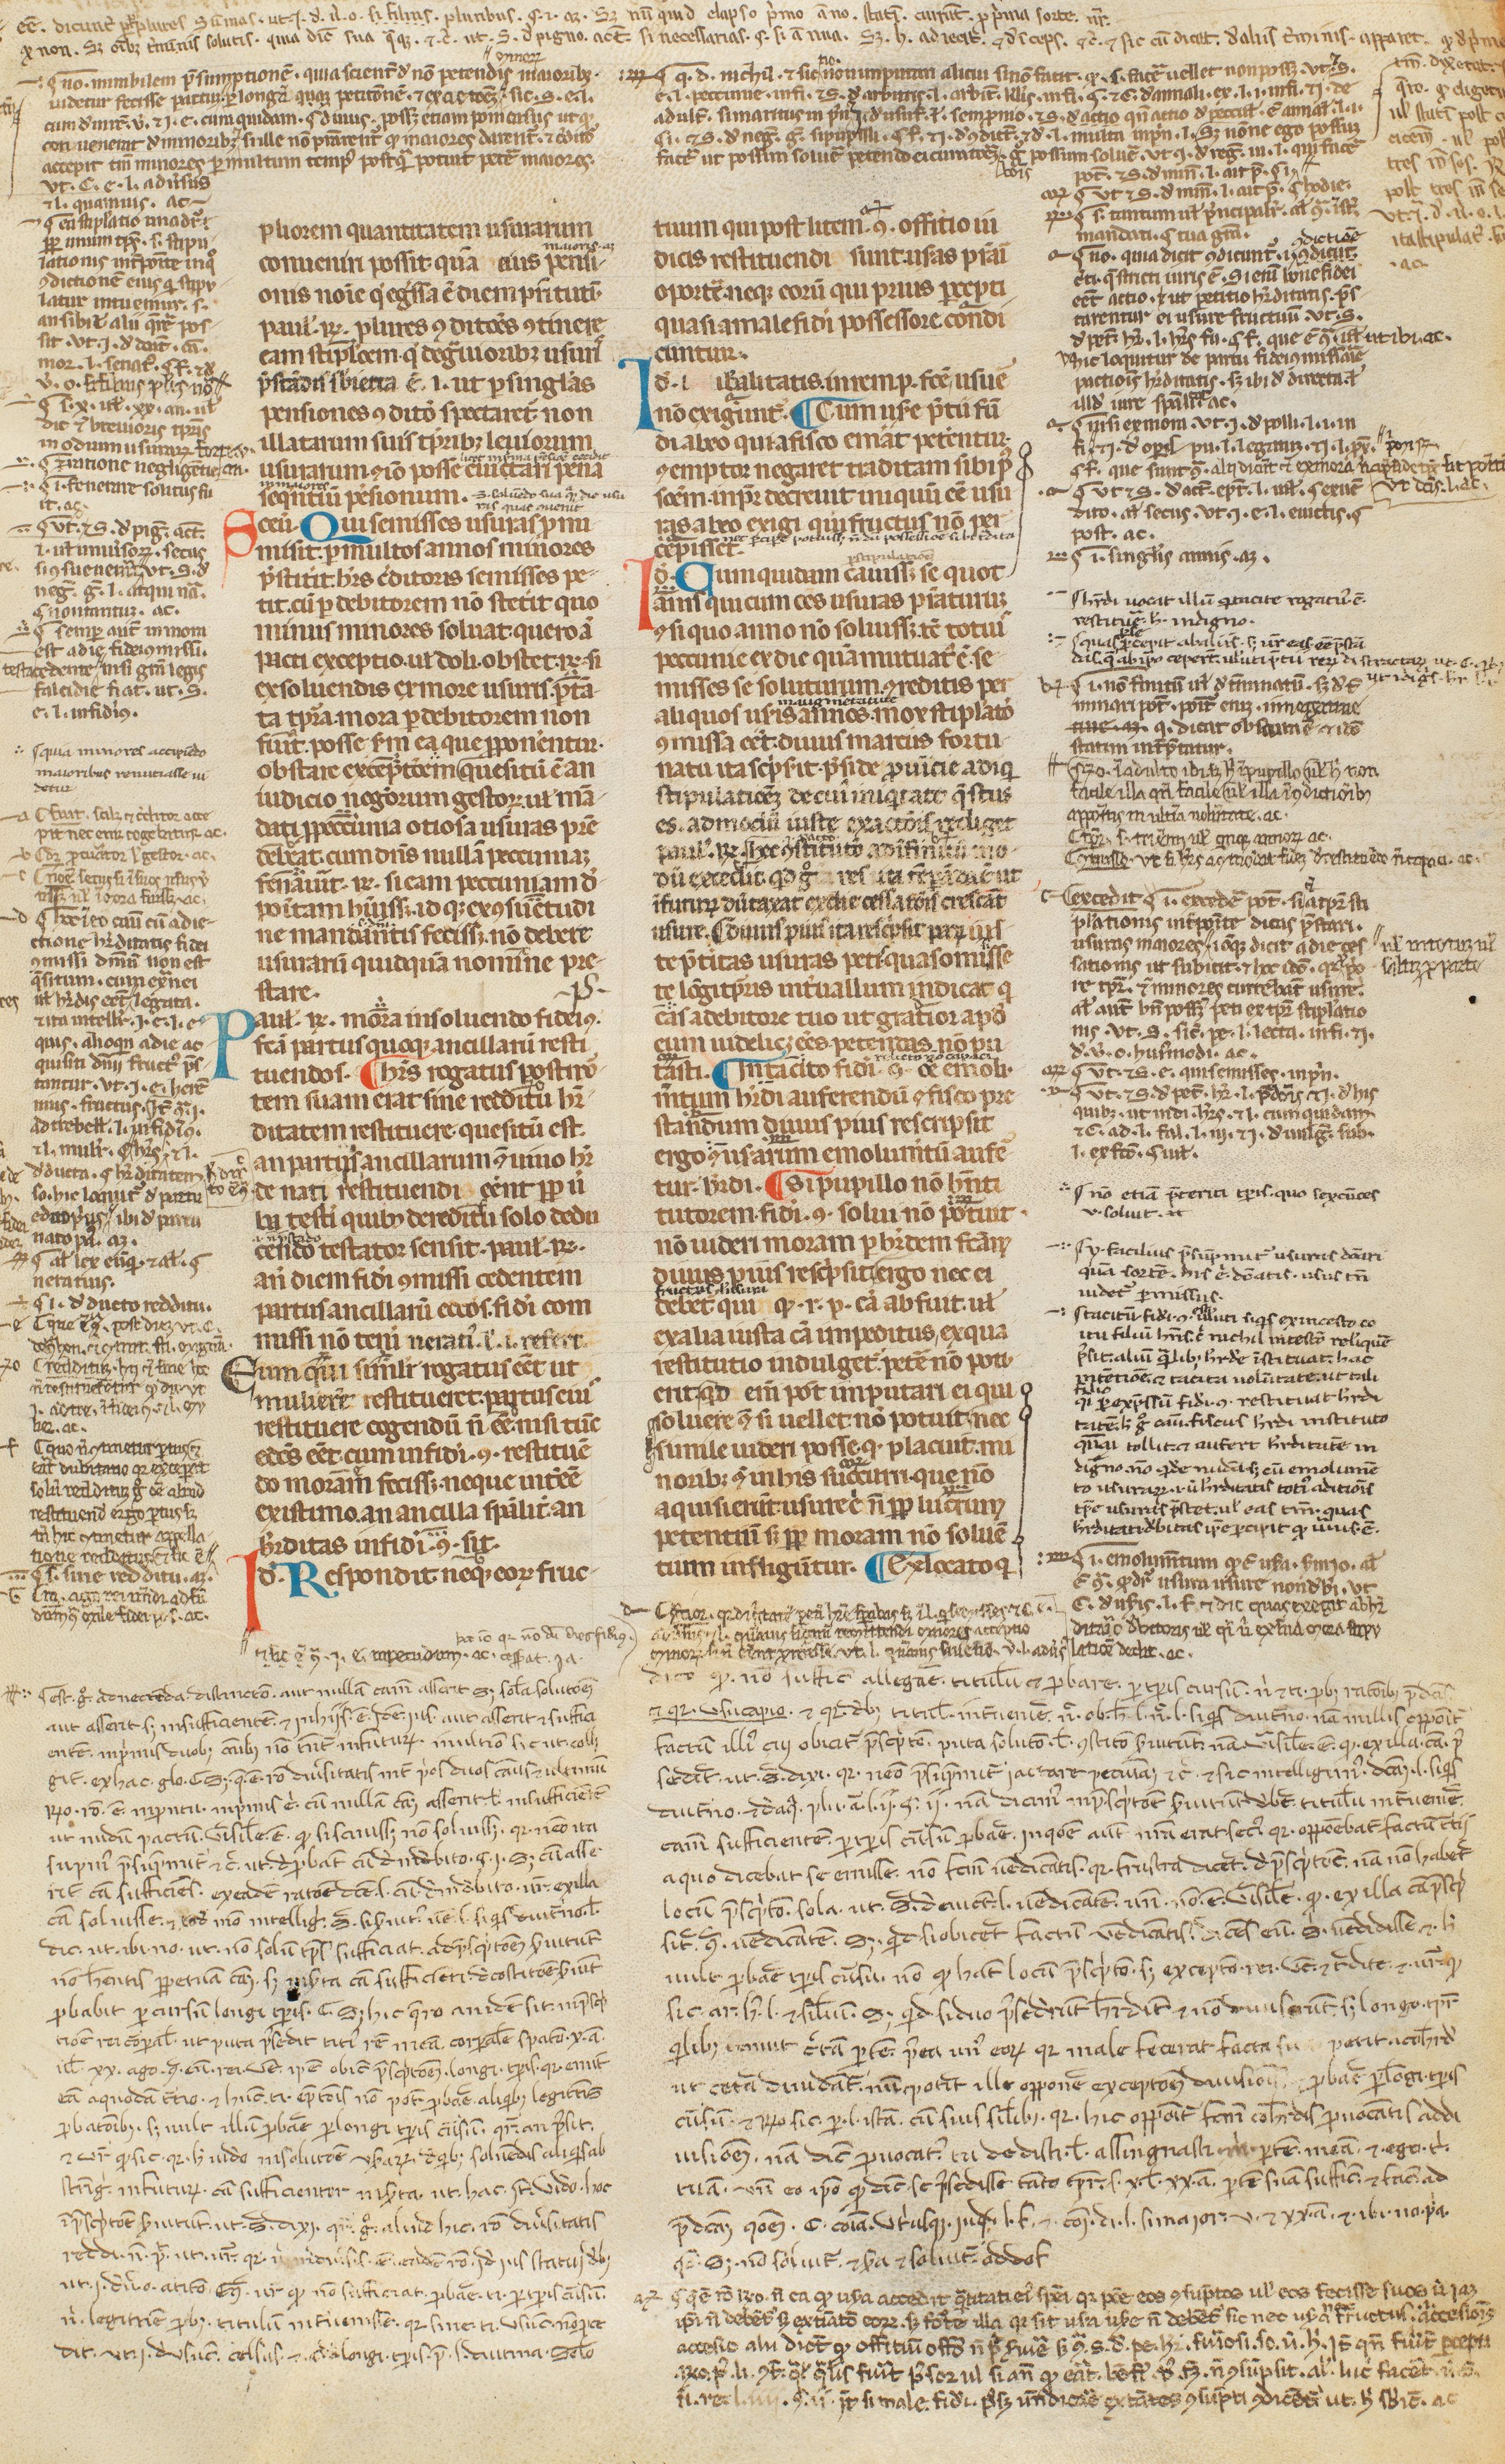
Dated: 1300–1399